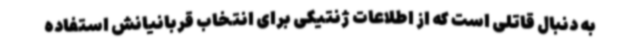
به دنبال قاتلی است که از اطلاعات ژنتیکی برای انتخاب قربانیانش استفاده